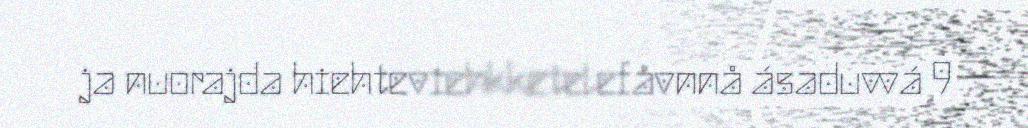
ja nuorajda hiehteviehkketelefåvnnå ásaduvvá 9